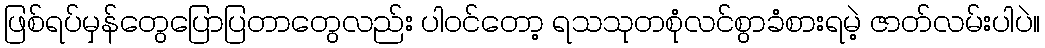
ဖြစ်ရပ်မှန်တွေပြောပြတာတွေလည်း ပါဝင်တော့ ရသသုတစုံလင်စွာခံစားရမဲ့ ဇာတ်လမ်းပါပဲ။